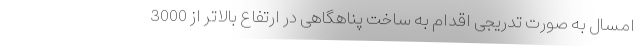
امسال به صورت تدریجی اقدام به ساخت پناهگاهی در ارتفاع بالاتر از 3000